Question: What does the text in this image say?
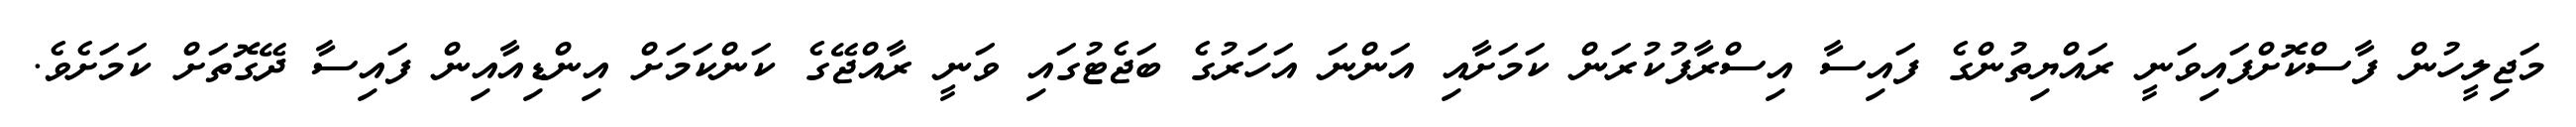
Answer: މަޖިލީހުން ފާސްކޮށްފައިވަނީ ރައްޔިތުންގެ ފައިސާ އިސްރާފުކުރަން ކަމަށާއި އަންނަ އަހަރުގެ ބަޖެޓުގައި ވަނީ ރާއްޖޭގެ ކަންކަމަށް އިންޑިއާއިން ފައިސާ ދޭގޮތަށް ކަމަށެވެ.